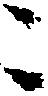
ニ